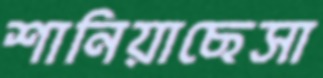
শানিয়াছেসা